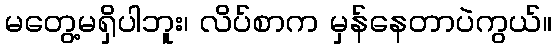
မတွေ့မရှိပါဘူး၊ လိပ်စာက မှန်နေတာပဲကွယ်။